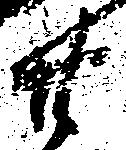
廿